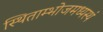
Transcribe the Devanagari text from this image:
स्थिताम्भोजमध्यस्थं